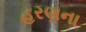
હરણના